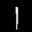
Label: 1